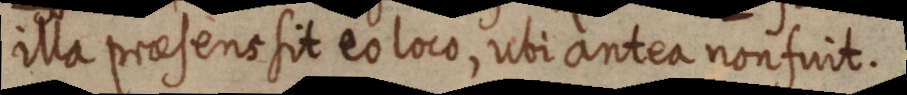
illa praesens sit eo loco, ubi antea non fuit.